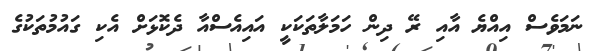
ނަމަވެސް އިއްޔެ އާއި ރޭ ދިން ހަމަލާތަކަކީ އައިއެސްއާ ދެކޮޅަށް އެކި ގައުމުތަކުގެ